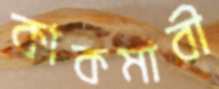
কাকমারী